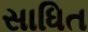
સાધિત